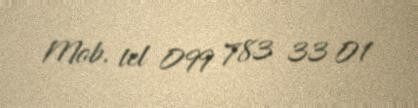
Mob. tel 099 783 33 01